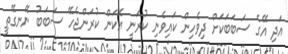
އަދި އޭގެ ސަބަބަކަށް ދިވެހިން ކައިވެނި ކުރަނީ އެކަން ކުރަންޖެހޭ ސަބަބު ނޭނގޭތީ